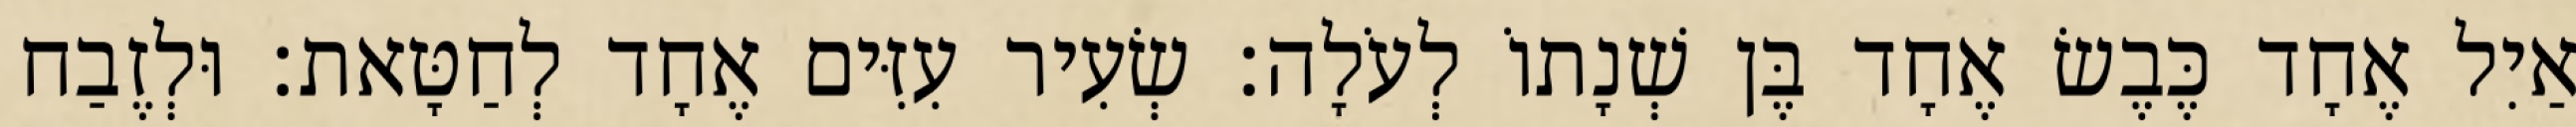
אַיִל אֶחָד כֶּבֶשׂ אֶחָד בֶּן שְׁנָתוֹ לְעֹלָה׃ שְׂעִיר עִזִּים אֶחָד לְחַטָּאת׃ וּלְזֶבַח